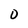
Character: 0